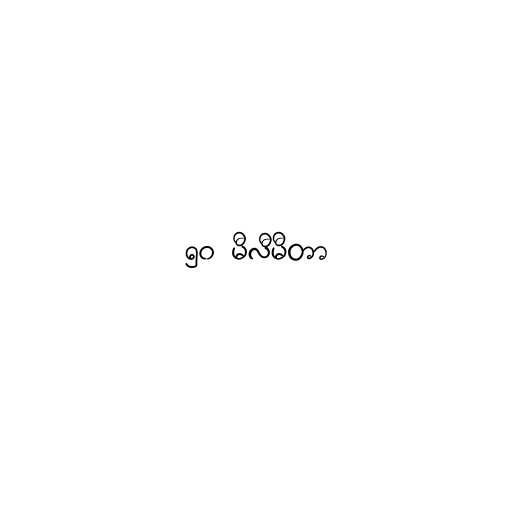
၅၀ မီလီမီတာ